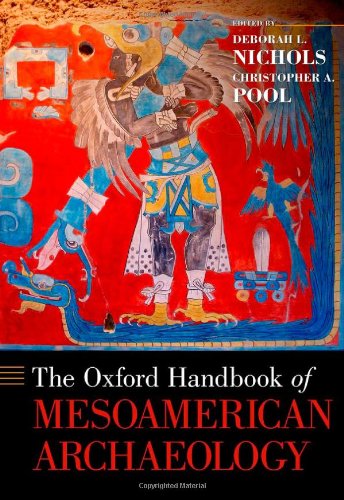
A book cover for The Oxford Handbook of Mesoamerican Archaeology (Oxford Handbooks); History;